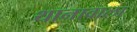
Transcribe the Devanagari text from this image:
थानावाला